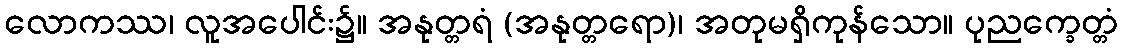
လောကဿ၊ လူအပေါင်း၌။ အနုတ္တရံ (အနုတ္တရော)၊ အတုမရှိကုန်သော။ ပုညက္ခေတ္တံ